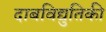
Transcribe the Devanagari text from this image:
दाबविद्युतिकी